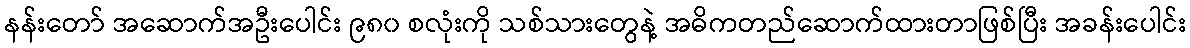
နန်းတော် အဆောက်အဦးပေါင်း ၉၈၀ စလုံးကို သစ်သားတွေနဲ့ အဓိကတည်ဆောက်ထားတာဖြစ်ပြီး အခန်းပေါင်း